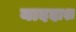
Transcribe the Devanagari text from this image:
याददाश